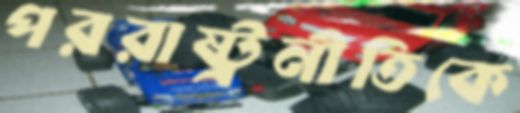
পররাষ্ট্রনীতিকে